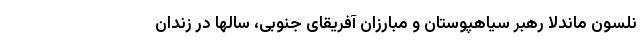
نلسون ماندلا رهبر سیاهپوستان و مبارزان آفریقای جنوبی، سالها در زندان